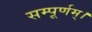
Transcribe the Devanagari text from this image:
सम्पूर्णम्।